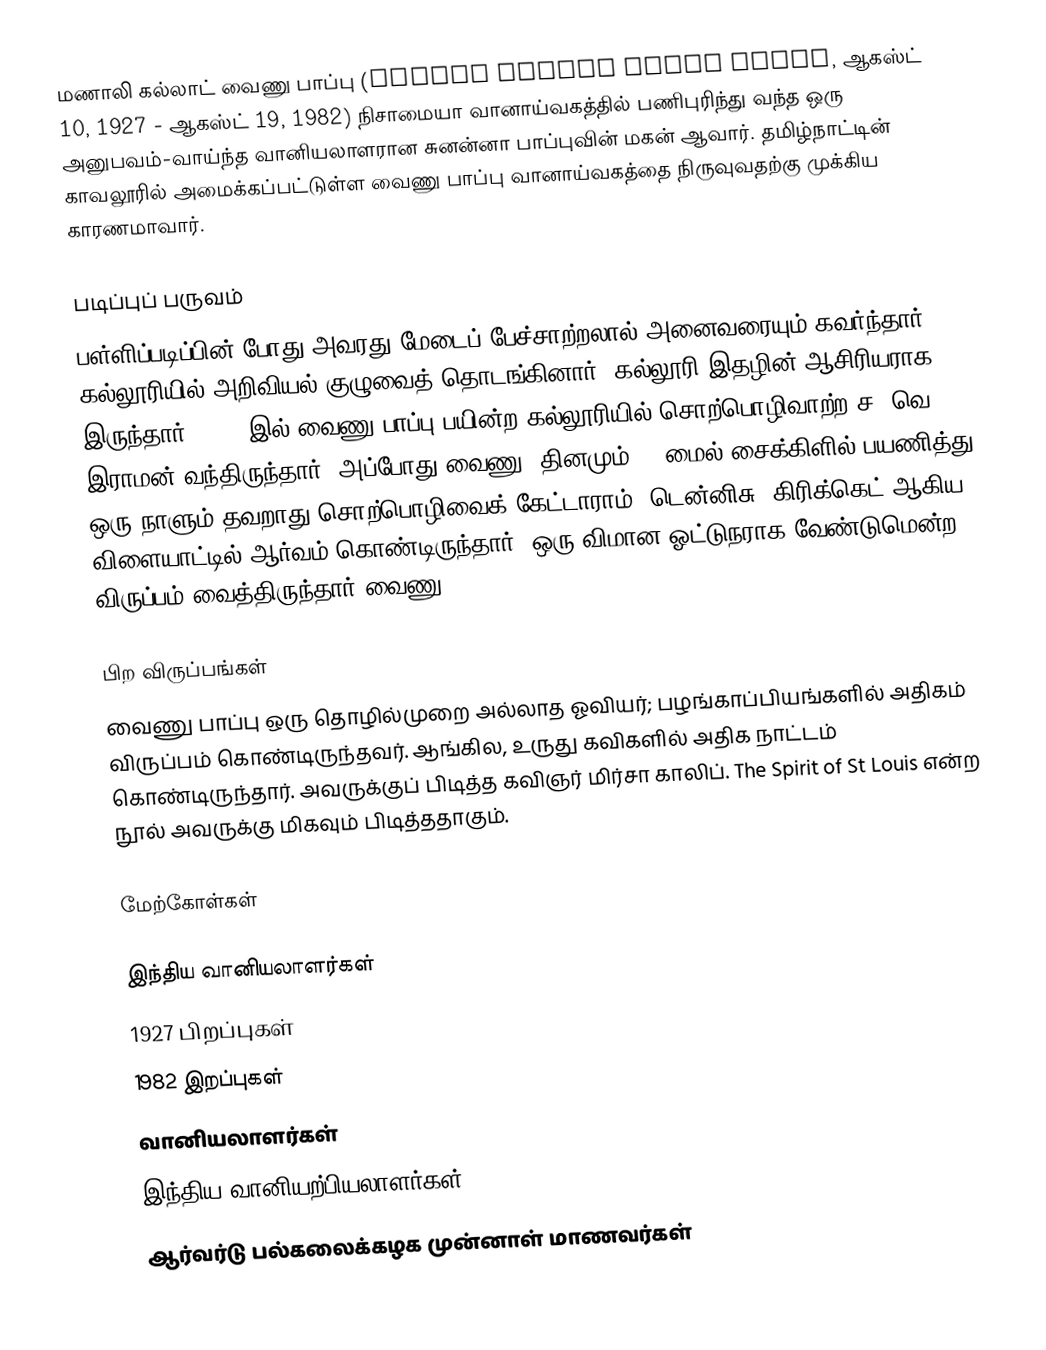
மணாலி கல்லாட் வைணு பாப்பு (Manali Kallat Vainu Bappu, ஆகஸ்ட் 10, 1927 - ஆகஸ்ட் 19, 1982) நிசாமையா வானாய்வகத்தில் பணிபுரிந்து வந்த ஒரு அனுபவம்-வாய்ந்த வானியலாளரான சுனன்னா பாப்புவின் மகன் ஆவார். தமிழ்நாட்டின் காவலூரில் அமைக்கப்பட்டுள்ள வைணு பாப்பு வானாய்வகத்தை நிருவுவதற்கு முக்கிய காரணமாவார்.

படிப்புப் பருவம்
பள்ளிப்படிப்பின் போது அவரது மேடைப் பேச்சாற்றலால் அனைவரையும் கவர்ந்தார். கல்லூரியில் அறிவியல் குழுவைத் தொடங்கினார்; கல்லூரி இதழின் ஆசிரியராக இருந்தார். 1943-இல் வைணு பாப்பு பயின்ற கல்லூரியில் சொற்பொழிவாற்ற ச. வெ. இராமன் வந்திருந்தார். அப்போது வைணு, தினமும் 16 மைல் சைக்கிளில் பயணித்து, ஒரு நாளும் தவறாது சொற்பொழிவைக் கேட்டாராம்! டென்னிசு, கிரிக்கெட் ஆகிய விளையாட்டில் ஆர்வம் கொண்டிருந்தார். ஒரு விமான ஓட்டுநராக வேண்டுமென்ற விருப்பம் வைத்திருந்தார் வைணு.

பிற விருப்பங்கள்
வைணு பாப்பு ஒரு தொழில்முறை அல்லாத ஓவியர்; பழங்காப்பியங்களில் அதிகம் விருப்பம் கொண்டிருந்தவர். ஆங்கில, உருது கவிகளில் அதிக நாட்டம் கொண்டிருந்தார். அவருக்குப் பிடித்த கவிஞர் மிர்சா காலிப். The Spirit of St Louis என்ற நூல் அவருக்கு மிகவும் பிடித்ததாகும்.

மேற்கோள்கள்

இந்திய வானியலாளர்கள்
1927 பிறப்புகள்
1982 இறப்புகள்
வானியலாளர்கள்
இந்திய வானியற்பியலாளர்கள்
ஆர்வர்டு பல்கலைக்கழக முன்னாள் மாணவர்கள்